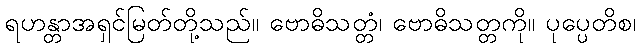
ရဟန္တာအရှင်မြတ်တို့သည်။ ဗောဓိသတ္တံ၊ ဗောဓိသတ္တကို။ ပုပ္ပေတိစ၊